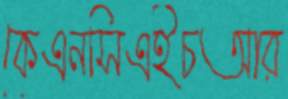
কেএনসিএইচআর